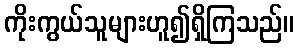
ကိုးကွယ်သူများဟူ၍ရှိကြသည်။